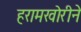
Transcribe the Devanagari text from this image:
हरामखोरीने